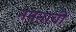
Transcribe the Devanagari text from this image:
नमनाची